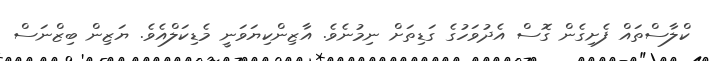
ކްލާސްތައް ފެށިގެން ގޮސް އެދުވަހުގެ ގަޑިތަށް ނިމުނެވެ. އާޒިންކިޔަވަނީ މެޑިކަލްއެވެ. ޔަޒިން ބިޒްނަސް